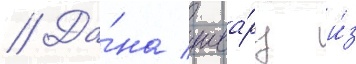
// Да́на шва́рц и́з